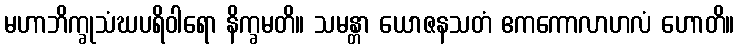
မဟာဘိက္ခုသံဃပရိဝါရော နိက္ခမတိ။ သမန္တာ ယောဇနသတံ ဧကကောလာဟလံ ဟောတိ။